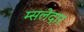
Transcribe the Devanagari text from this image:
म्सलेदार